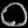
Digit: ၀